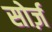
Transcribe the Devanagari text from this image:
सोर्ज़